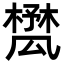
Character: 𣛾